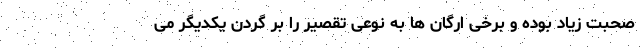
صحبت زیاد بوده و برخی ارگان ها به نوعی تقصیر را بر گردن یکدیگر می